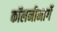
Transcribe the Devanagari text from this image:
कॉलनीमार्गे